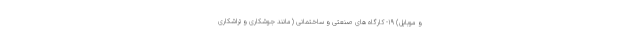
و موبایل) ۱۹- کارگاه های صنعتی و ساختمانی (مانند جوشکاری و تراشکاری